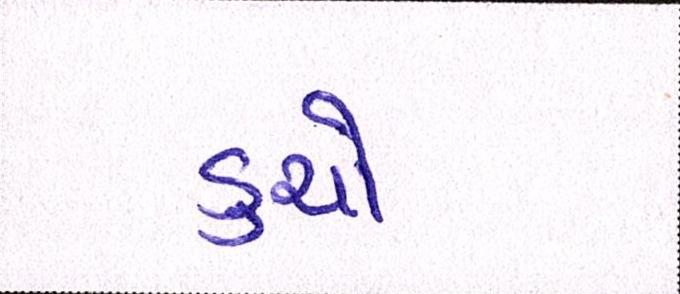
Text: ડુચો